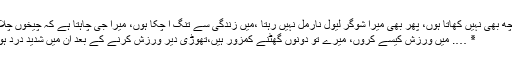
٭ …. میں کچھ بھی نہیں کھاتا ہوں، پھر بھی میرا شوگر لیول نارمل نہیں رہتا ،میں زندگی سے تنگ آ چکا ہوں، میرا جی چاہتا ہے کہ چیخوں چلاؤں مگر ….
٭ …. میں ورزش کیسے کروں، میرے تو دونوں گھٹنے کمزور ہیں،تھوڑی دیر ورزش کرنے کے بعد ان میں شدید درد ہونے لگتا ہے۔